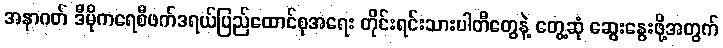
အနာဂတ် ဒီမိုကရေစီဖက်ဒရယ်ပြည်ထောင်စုအရေး တိုင်းရင်းသားပါတီတွေနဲ့ တွေ့ဆုံ ဆွေးနွေးဖို့အတွက်